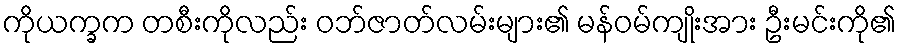
ကိုယက္ခက တစီးကိုလည်း ဝဘ်ဇာတ်လမ်းများ၏ မန်ဝမ်ကျိုးအား ဦးမင်းကို၏